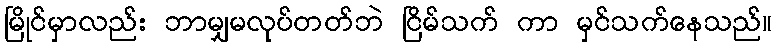
မြိုင်မှာလည်း ဘာမျှမလုပ်တတ်ဘဲ ငြိမ်သက် ကာ မှင်သက်နေသည်။